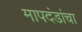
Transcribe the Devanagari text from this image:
मापदंडांचा